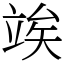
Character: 竢